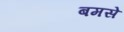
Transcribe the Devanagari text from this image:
बमसे